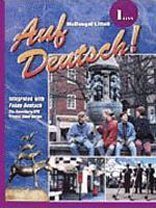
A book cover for Auf Deutsch!: Student Edition Level 1 Level 1-Eins 2001; HOLT MCDOUGAL; Teen & Young Adult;